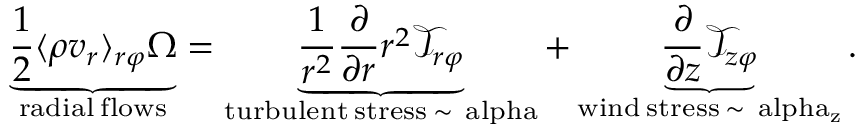
\underbrace { \frac { 1 } { 2 } \langle \rho v _ { r } \rangle _ { r \varphi } \Omega } _ { \mathrm { r a d i a l \: f l o w s } } = \underbrace { \frac { 1 } { r ^ { 2 } } \frac { \partial } { \partial r } r ^ { 2 } \mathcal { T } _ { r \varphi } } _ { \mathrm { t u r b u l e n t \: s t r e s s \: \sim \ a l p h a } } + \underbrace { \frac { \partial } { \partial z } \mathcal { T } _ { z \varphi } } _ { \mathrm { w i n d \: s t r e s s \: \sim \ a l p h a _ { z } } } .